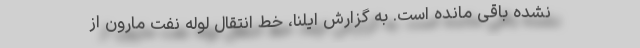
نشده باقی مانده است. به گزارش ایلنا، خط انتقال لوله نفت مارون از